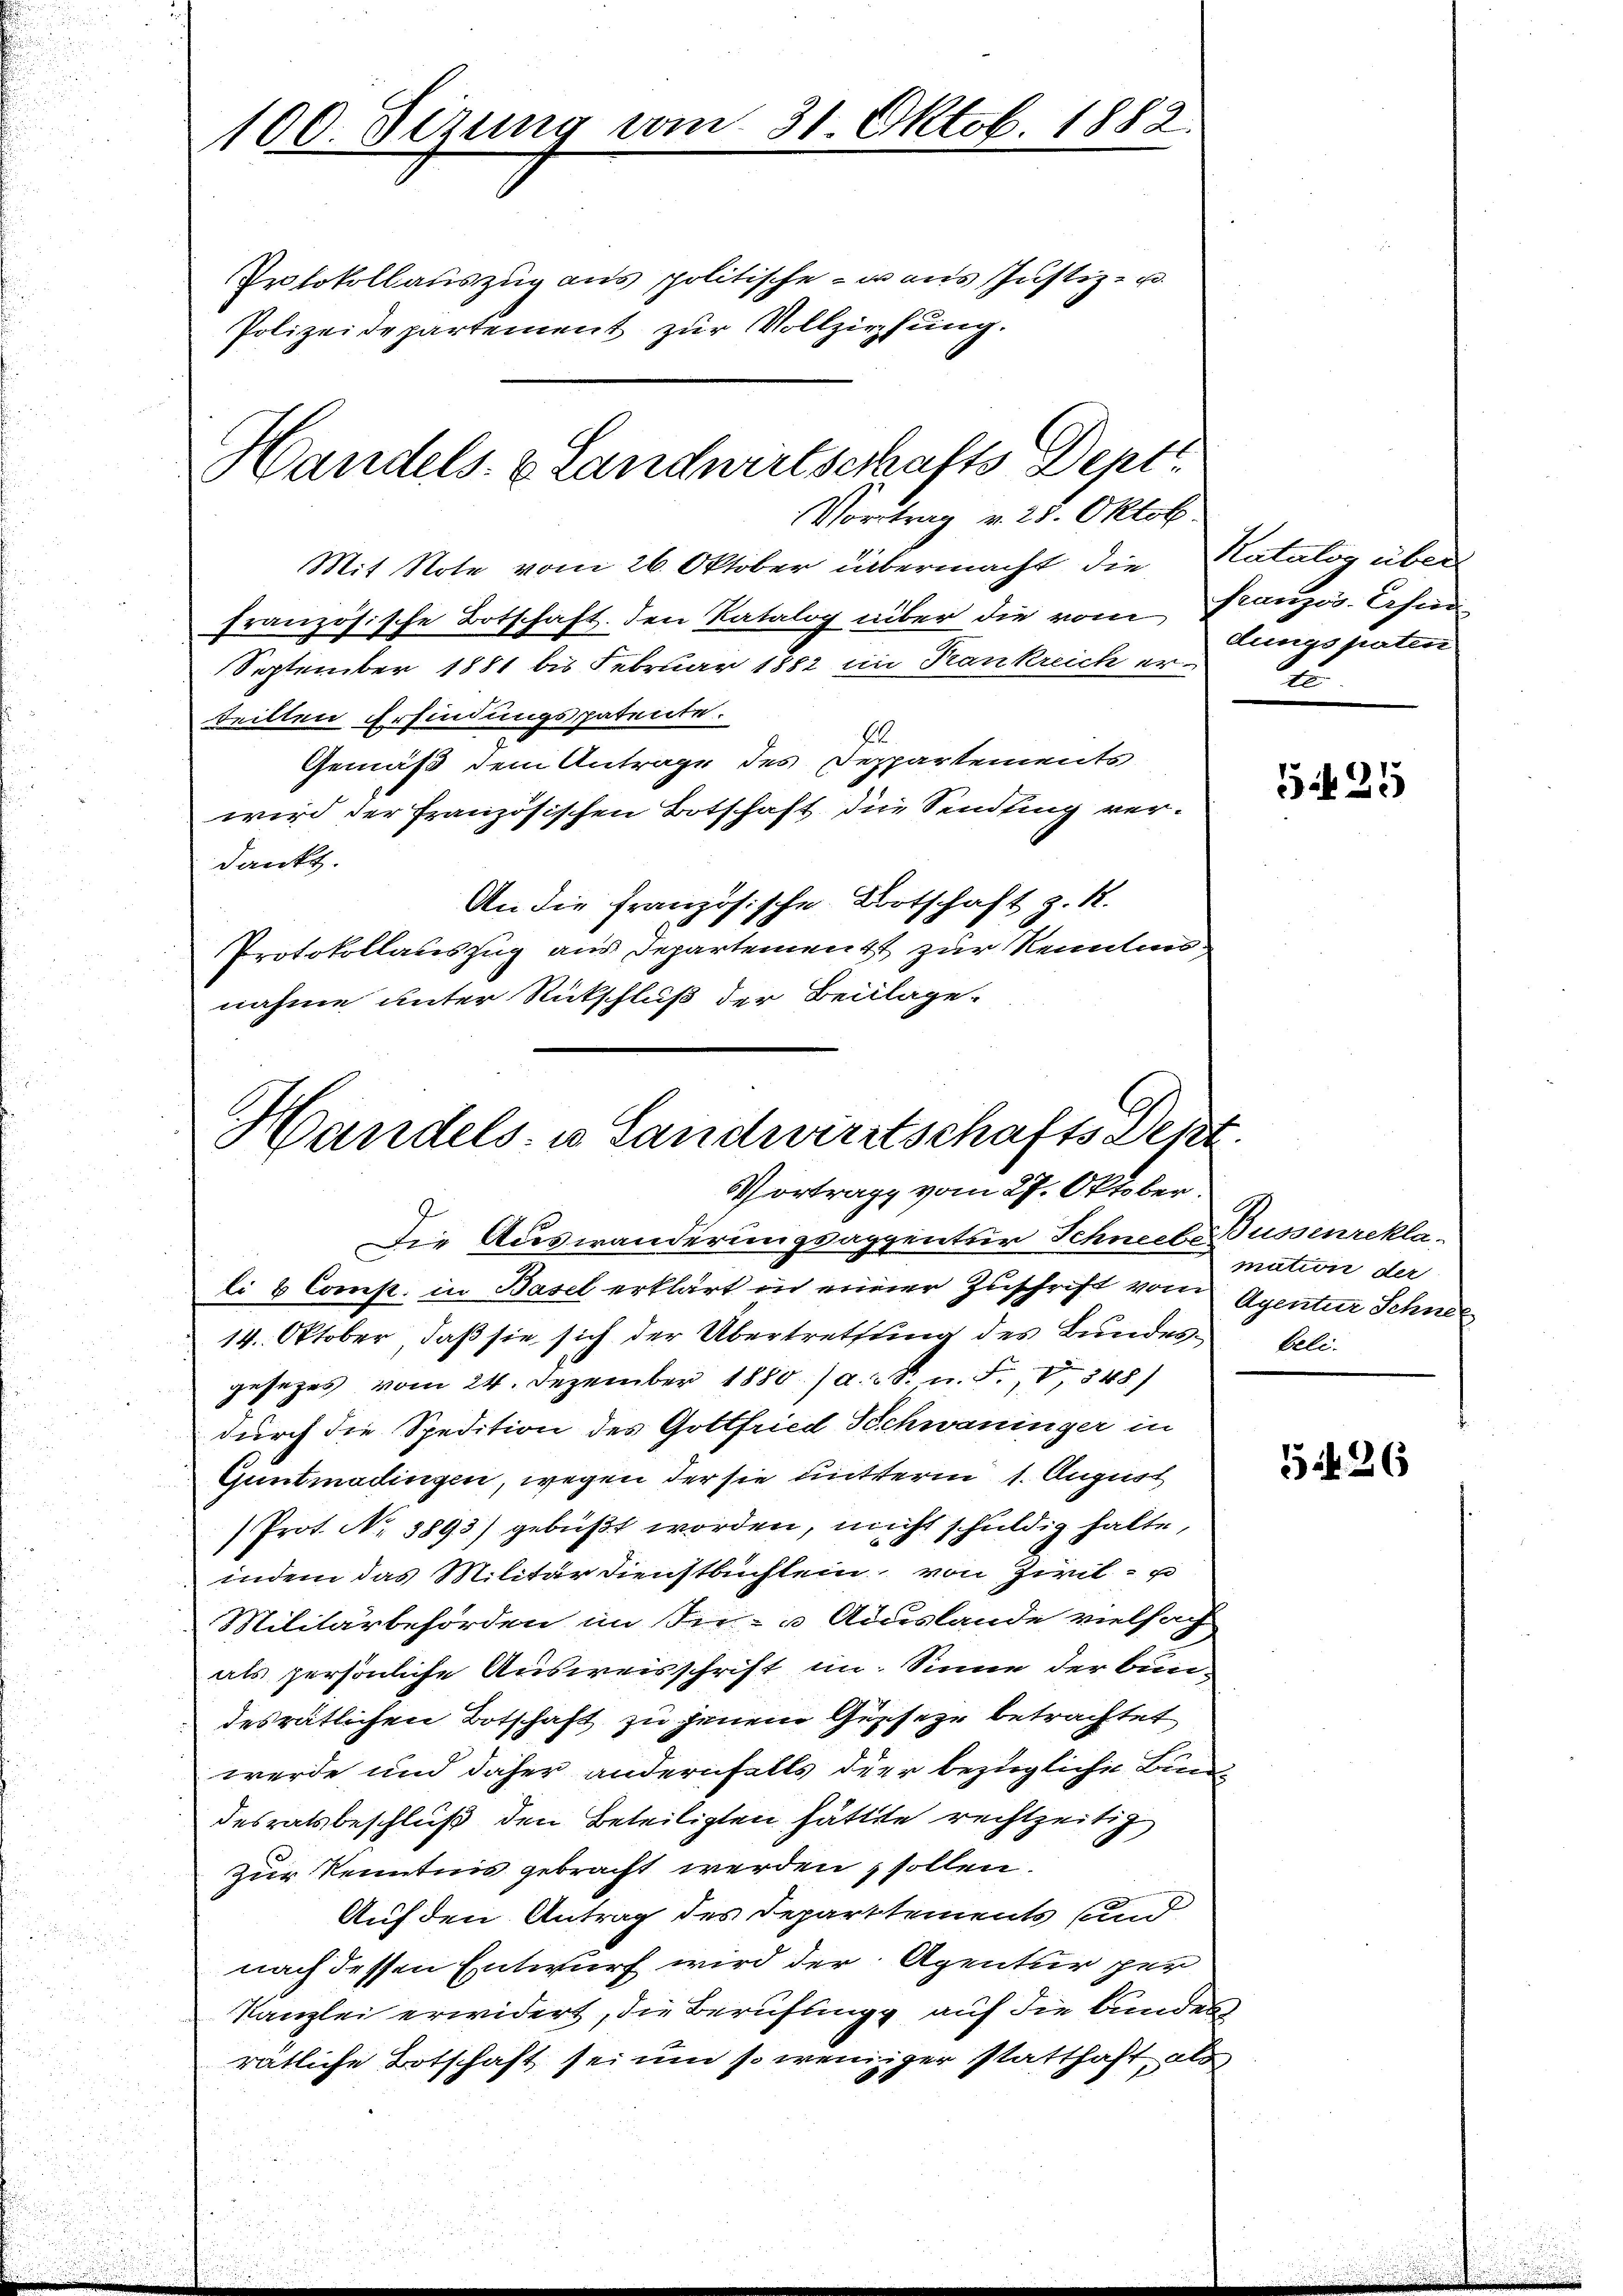
100. Sezung vom 31. Oktob. 1882.
Prtokollauszug aus politische - was Justiz- u.
Polizeidepartement zur Vollziehung.

Mit Note vom 26. Oktober übermacht die Natalog über
französische Botschaft. den Katalog über die vom Französ. Schne
September 1881 bis Februar 1882 im Trankreich er-
teilten Erfindungspatente.
16.
Gemäß dem Antrage des Deppartements
wird der Französischen Botschaft die Sendling verdankt.
An die Französische Bortschaft z. R.
Protokollauszug aus Departement zur Kenntennahme unter Rückschluß der Beilage-

Handels- & Landwirtschafts Depti
Vortrag v. 28. Oktob.

Handels- u Landwirtschafts Sept.
Vortrage vom 27. Oktober.

dungspaten
Au

Die Auswanderungsappentir Schneebe Bussenreklali & Comp. in Basel erklärt in einer Zuschrift vom Agentur Schnee
14. Oktober, daß sie sich der Übertrettung des Bundes beli-
gesezes vom 24. Dezember 1880 / a.d. R. n. F. V 348)
durch die Spedition des Gottfried Schwaninger in
Guntmadingen, wegen der sie mutterm 1. August
Prot. No. 1893) gebüßt worden, nicht schuldig halte,
indem das Militärdienstbüchlein, von Zivil- u
Militärbehörden im In- & Auslande vielfach
als persönliche Ausweisschrift im Sinne der bun-
desrätlichen Botschaft zu jenem Geseze betrachtet
werde und daher andernfalls der bezügliche Bun
desratsbeschluß den Beteiligten hätte rechtzeitig
zur Kenntnis gebracht werden, sollen.
Auf den Antrag des Departtements und
nach dessen Entwurf wird der Agentur per
Kanzlei erwidert, die Beruflingg auf die bundes
rätliche Botschaft sei um so weniger statthaft als

5425

mation der

526